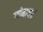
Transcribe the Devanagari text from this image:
व्योमातीतं